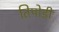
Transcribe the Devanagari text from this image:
तिपोडी